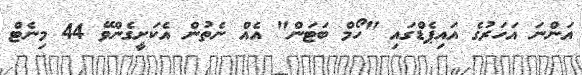
އަންނަ އަހަރުގެ އައިޕެޑްގައި "ހޯމް ބަޓަން" އެއް ނެތުން އެކަށީގެންވޭ 44 މިނެޓް